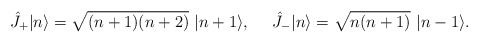
\begin{align*}\hat J_+|n\rangle = \sqrt{(n+1)(n+2)}~|n+1\rangle,~~~~\hat J_-|n\rangle = \sqrt{n(n+1)}~|n-1\rangle .\end{align*}